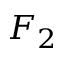
F _ { 2 }